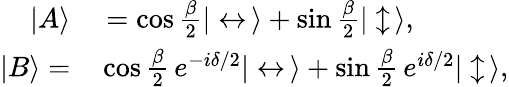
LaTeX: \begin{array}{rl}{|A\rangle}&{{}=\cos{\frac{\beta}{2}}|\leftrightarrow\, \rangle+\sin{\frac{\beta}{2}}|\updownarrow\, \rangle,}\\ {|B\rangle=}&{{}\cos{\frac{\beta}{2}}\, e^{-i\delta/2}|\leftrightarrow\, \rangle+\sin{\frac{\beta}{2}}\, e^{i\delta/2}|\updownarrow\, \rangle,}\end{array}